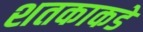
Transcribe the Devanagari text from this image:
शतकाकडे